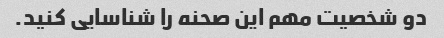
دو شخصیت مهم این صحنه را شناسایی کنید.